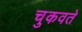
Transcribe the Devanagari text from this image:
चुकवते